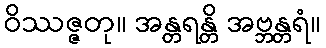
ဝိဿဇ္ဇတု။ အန္တရန္တိ အဗ္ဘန္တရံ။